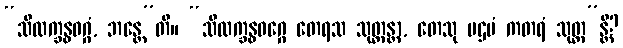
“သီလက္ခန္ဓဝဂ္ဂံ, ဘန္တေ”တိ။ “သီလက္ခန္ဓဝဂ္ဂေ တေရသ သုတ္တန္တာ, တေသု ပဌမံ ကတရံ သုတ္တ”န္တိ?